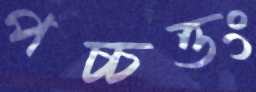
পচ্চত্তং